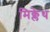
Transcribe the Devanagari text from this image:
मिक्लेथ